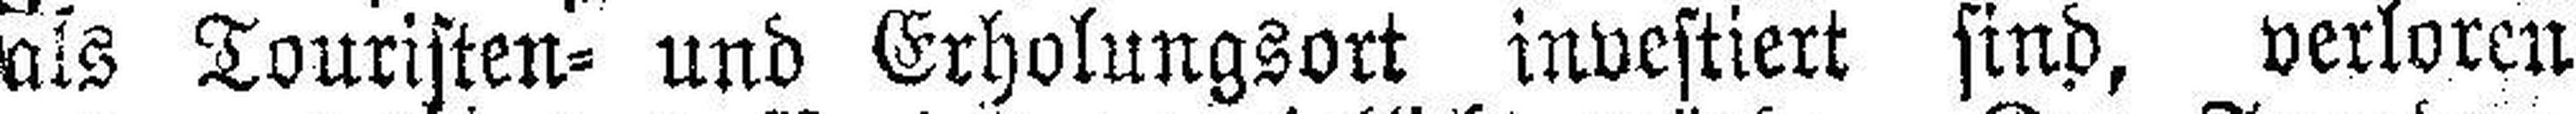
als Touristen= und Erholungsort investiert sind, verloren